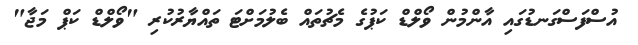
އުސްފަސްގަނޑުގައި އާންމުން ވޯލްޑް ކަޕުގެ މެޗުތައް ބެލުމަށްޓަ ތައްޔާރުކުރި "ވޯލްޑް ކަޕް މަޖާ"